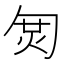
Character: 𠣦